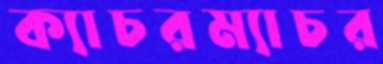
ক্যাচরম্যাচর